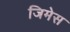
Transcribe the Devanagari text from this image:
जिमेस